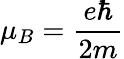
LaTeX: \mu_{B}=\frac{e\hbar}{2m}